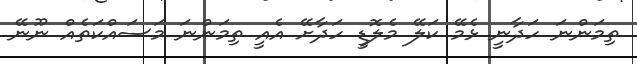
ތިމަންނަ ހަދާނީ ޅެމޭ ކަލޭ މެލޮޑީ ހަދާށޭ އެއީ ތިމަންނަ މަސައްކަތެއް ނޫނޭ